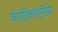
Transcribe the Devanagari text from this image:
कॅप्रिकॉर्नीचे